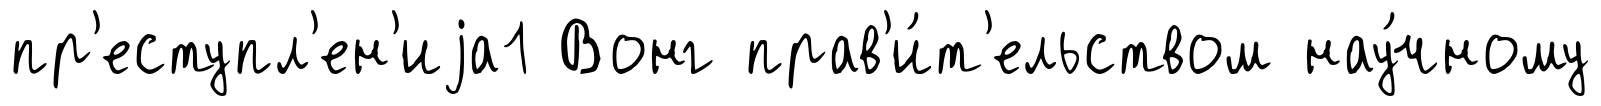
пр'еступл'ен'иjа1 Вонг прав'и́т'ельством нау́чному